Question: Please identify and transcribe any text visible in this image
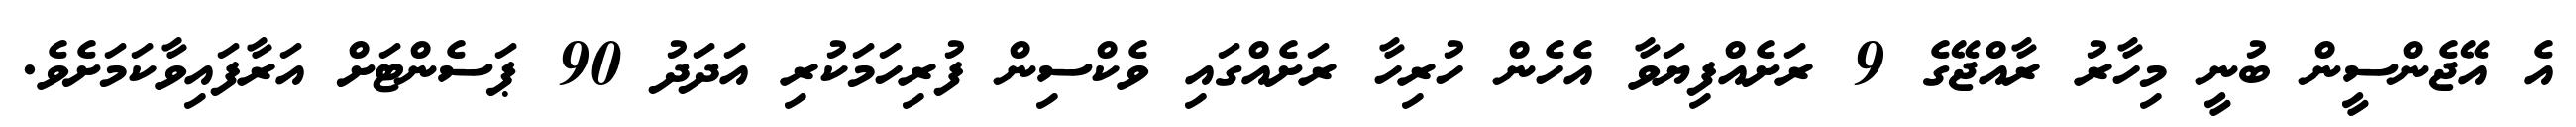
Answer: އެ އޭޖެންސީން ބުނީ މިހާރު ރާއްޖޭގެ 9 ރަށެއްފިޔަވާ އެހެން ހުރިހާ ރަށެއްގައި ވެކްސިން ފުރިހަމަކުރި އަދަދު 90 ޕަސެންޓަށް އަރާފައިވާކަމަށެވެ.